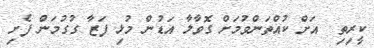
ކީރިތި  އަށް ކުއްތަންވުމަށް ގޮވާލާ އަޑުން މުޅި ފަޒާ ގުގުމަން ފެށި